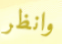
وانظر